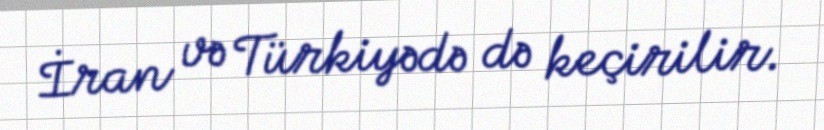
İran və Türkiyədə də keçirilir.